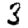
Digit: 3